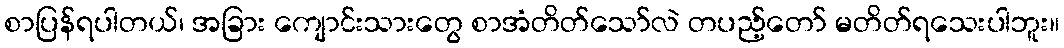
စာပြန်ရပါတယ်၊ အခြား ကျောင်းသားတွေ စာအံတိတ်သော်လဲ တပည့်တော် မတိတ်ရသေးပါဘူး။